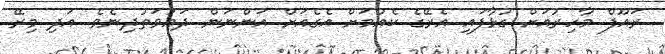
ރައޫފް މާހިރުއަށް ގުޅާފައި އެރޭގެ ކެއުމަށް އެގެއަށް އަންނަން ދަޢުވަތުދިނެވެ. އަދި މިރޭ